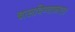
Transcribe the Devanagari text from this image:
चालविण्याकरता